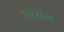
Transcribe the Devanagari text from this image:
एरयंग